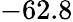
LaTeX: -62.8